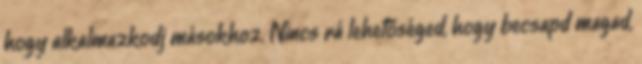
hogy alkalmazkodj másokhoz. Nincs rá lehetőséged, hogy becsapd magad,